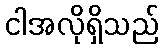
ငါအလိုရှိသည်